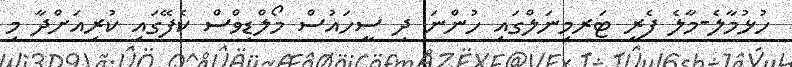
ހުޅުމާލެ-މާލެ ފެރީ ޓަރމިނަލްގައި ހުންނަ ދި ސީހައުސް މޯލްޑިވްސް ކެފޭގައި ކުރިއަށްދާ މި